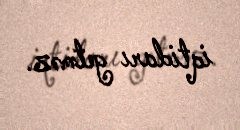
iqtidarı getməz.